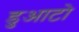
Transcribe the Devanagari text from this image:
डुआटो